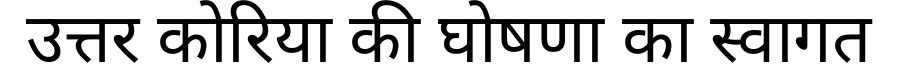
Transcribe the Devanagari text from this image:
उत्तर कोरिया की घोषणा का स्वागत